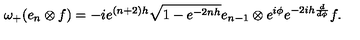
\omega _ { + } ( e _ { n } \otimes f ) = - i e ^ { ( n + 2 ) h } \sqrt { 1 - e ^ { - 2 n h } } e _ { n - 1 } \otimes e ^ { i \phi } e ^ { - 2 i h \frac { d } { d \phi } } f .